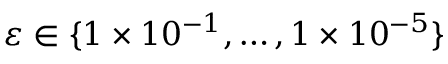
\varepsilon \in \{ 1 \times 1 0 ^ { - 1 } , \dots , 1 \times 1 0 ^ { - 5 } \}